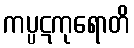
ကပ္ပဋကုရောတိ